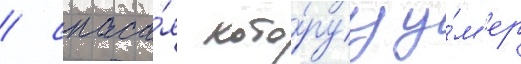
/ спаса́я кото́руу у́м'ер